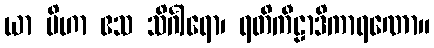
ယာ ပိဟာ ဧသ သိင်္ဂါရော၊ ရတိကီဠာဒိကာရဏော။